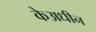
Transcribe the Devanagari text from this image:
केअधीन